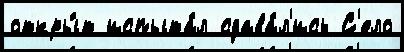
откры́т испыта́л сдава́л'ись С'ело